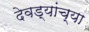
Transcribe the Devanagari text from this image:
देवड्यांच्या